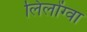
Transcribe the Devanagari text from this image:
लिलोंग्वा